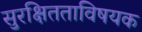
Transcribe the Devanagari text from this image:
सुरक्षितताविषयक